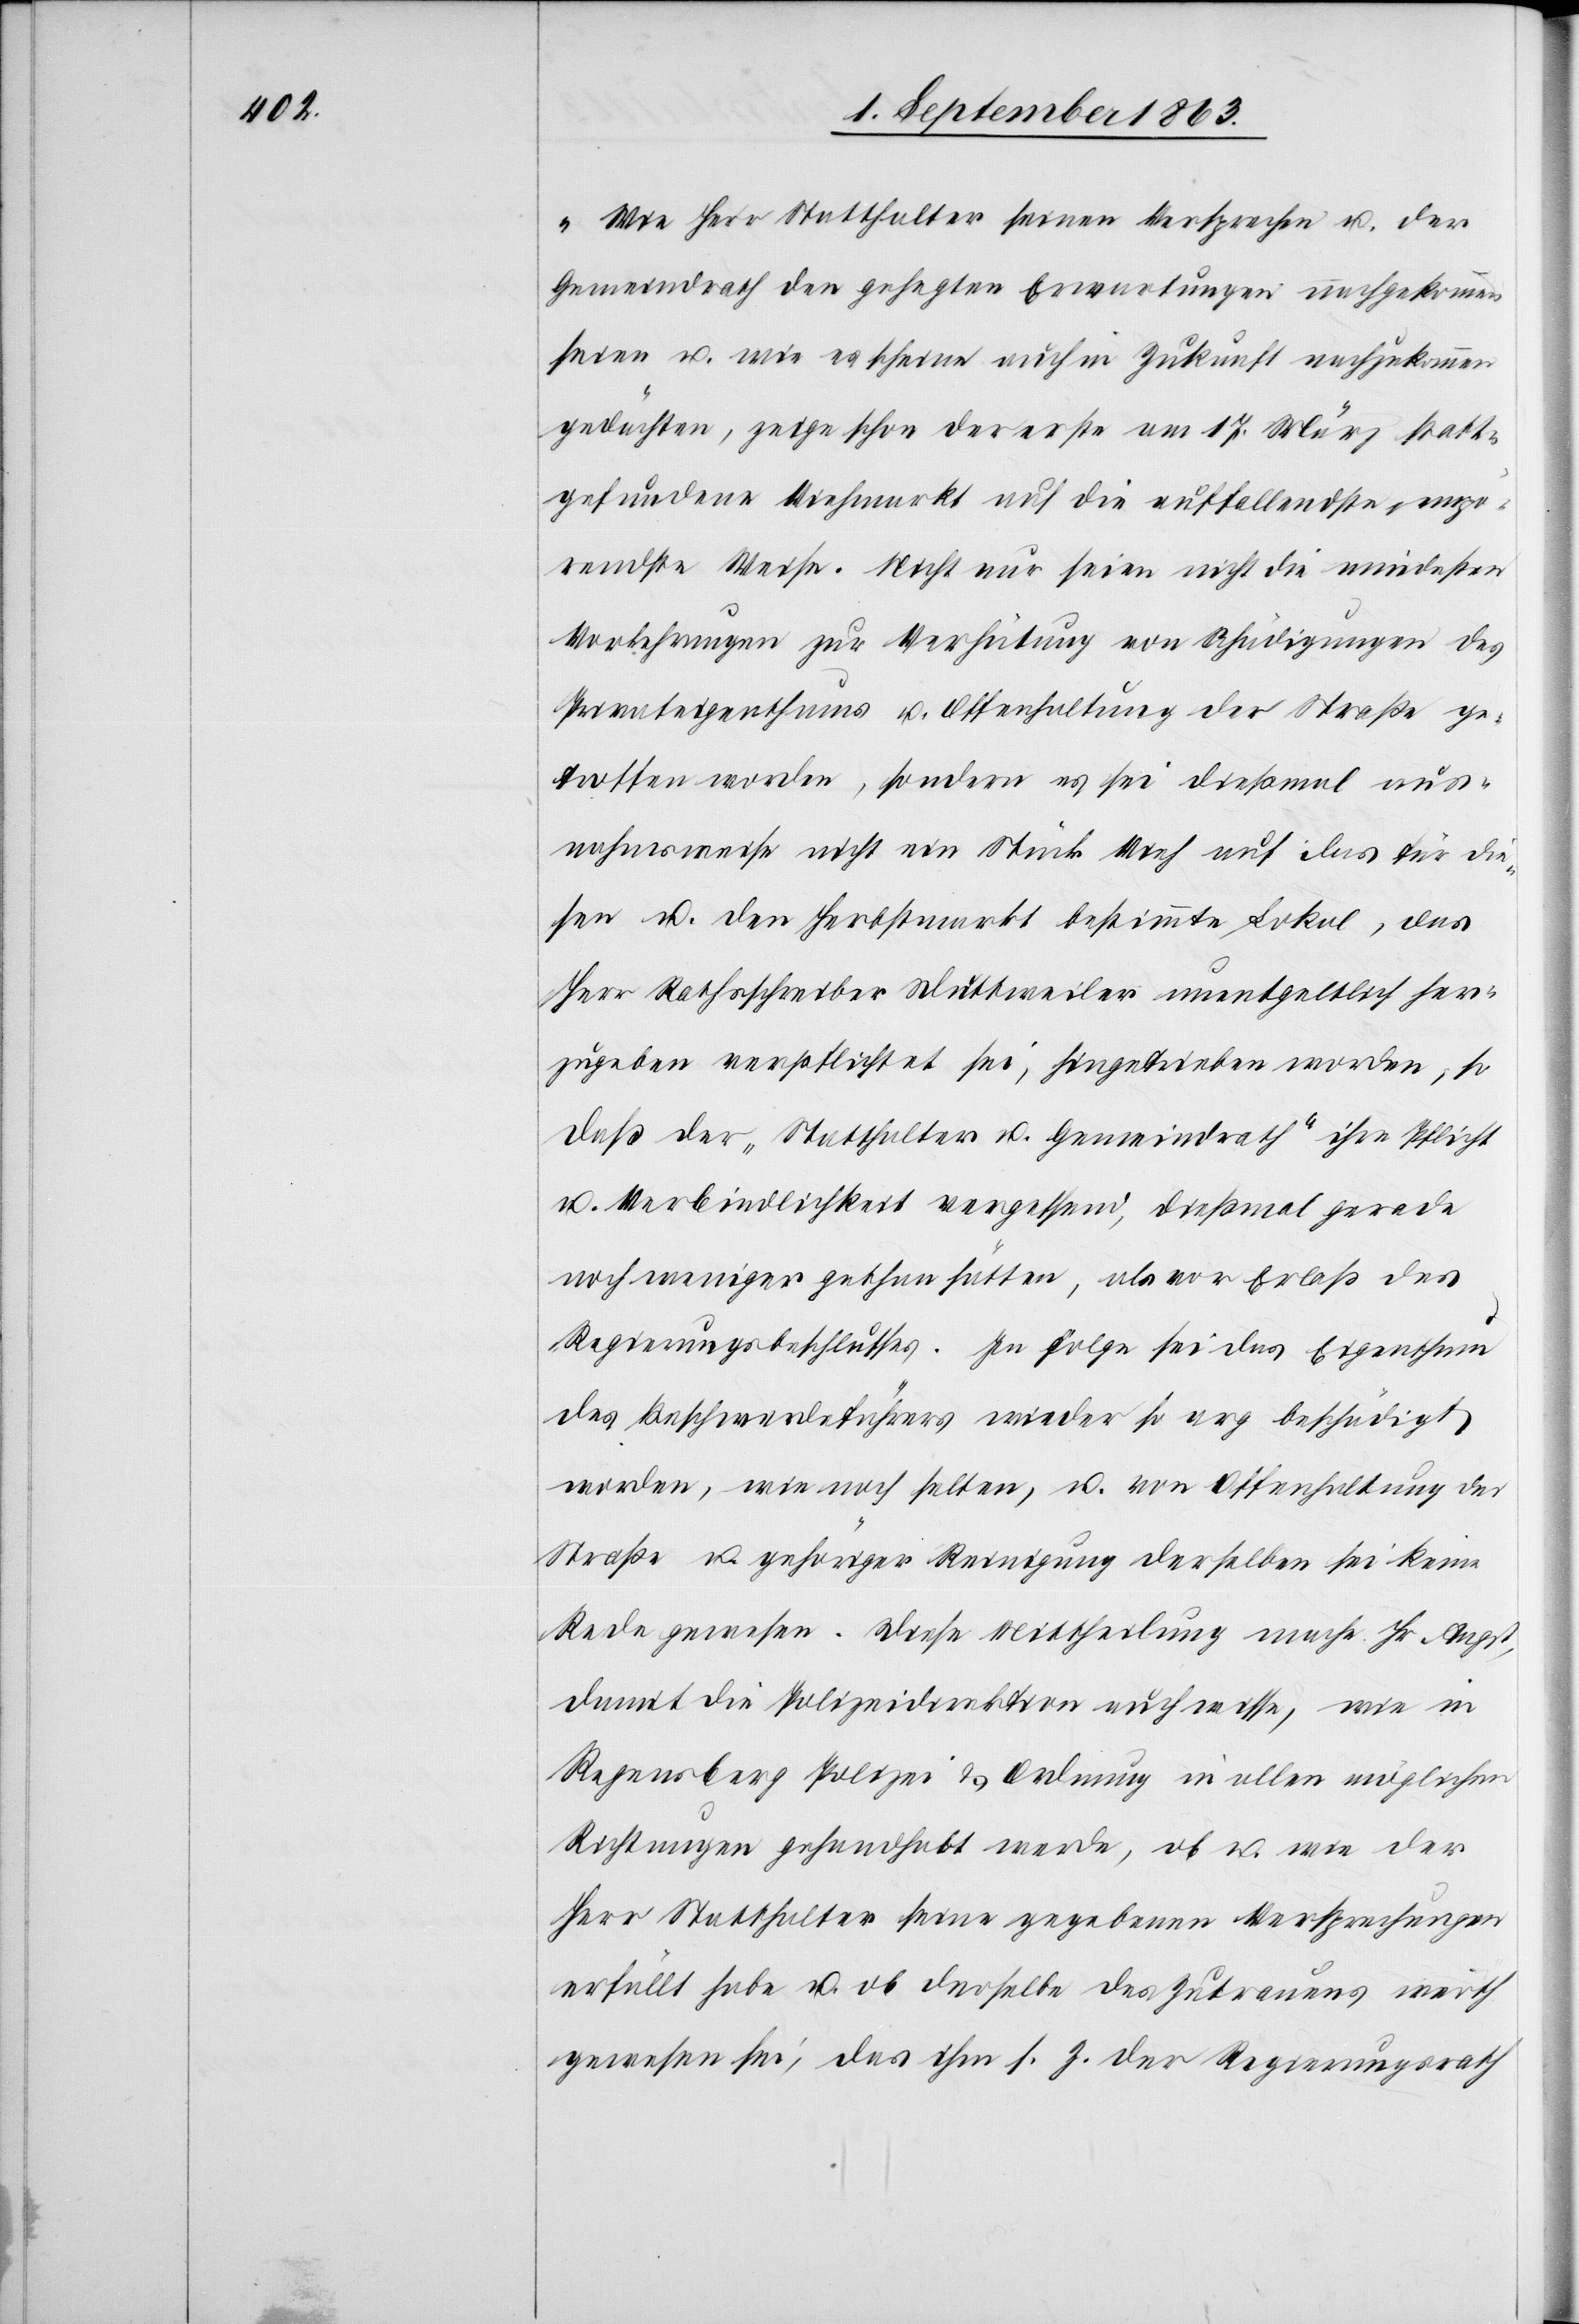
„Wie Herr Statthalter seinen Versprechen u. der
Gemeindrath den gehegten Erwartungen nachgekommen
seien u. wie es scheine auch in Zukunft nachzukommen
gedächten, zeige schon der erste am 17. März statt¬
gefundene Viehmarkt auf die auffallendste empö¬
rendste Weise. Nicht nur seien nicht die mindesten
Vorkehrungen zur Verhütung von Schädigungen des
Privateigenthums u. Offenhaltung der Straße ge¬
troffen worden, sondern es sei dießmal aus¬
nahmsweise nicht ein Stück Vieh auf das für die¬
sen u. den Herbstmarkt bestimmte Lokal, das
Herr Rathsschreiber Duttweiler unentgeltlich her¬
zugeben verpflichtet sei, hingetrieben worden, so
daß der „Statthalter u. Gemeindrath“ ihre Pflicht
u. Verbindlichkeit vergessend, dießmal gerade
noch weniger gethan hätten, als vor Erlaß des
Regierungsbeschlusses. In Folge sei das Eigenthum
des Beschwerdeführers wieder so arg beschädigt
worden, wie noch selten, u. von Offenhaltung der
Straße u. gehöriger Reinigung derselben sei keine
Rede gewesen. Diese Mittheilung mache Hr Angst,
damit die Polizeidirektion auch wisse, wie in
Regensberg Polizei & Ordnung in allen möglichen
Richtungen gehandelt werde, ob u. wie der
Herr Statthalter seine gegebenen Versprechungen
erfüllt habe u. ob derselbe des Zutrauens werth
gewesen sei, das ihm s. Z. der Regierungsrath